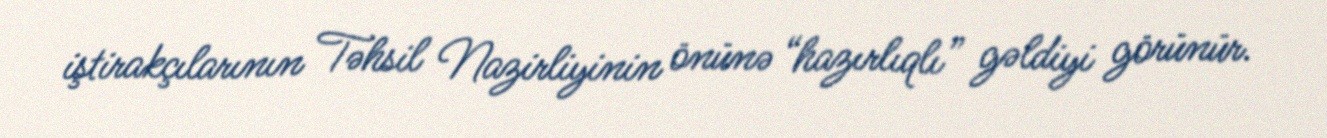
iştirakçılarının Təhsil Nazirliyinin önünə “hazırlıqlı” gəldiyi görünür.